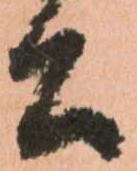
公